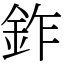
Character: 鈼